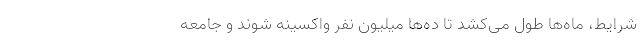
شرایط، ماه‌ها طول می‌کشد تا ده‌ها میلیون نفر واکسینه شوند و جامعه